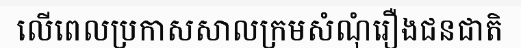
លើពេលប្រកាសសាលក្រមសំណុំរឿងជនជាតិ